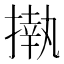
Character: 𢴇